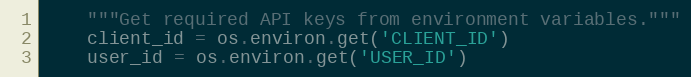
Language: Python
    """Get required API keys from environment variables."""
    client_id = os.environ.get('CLIENT_ID')
    user_id = os.environ.get('USER_ID')